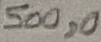
Text: 500,0